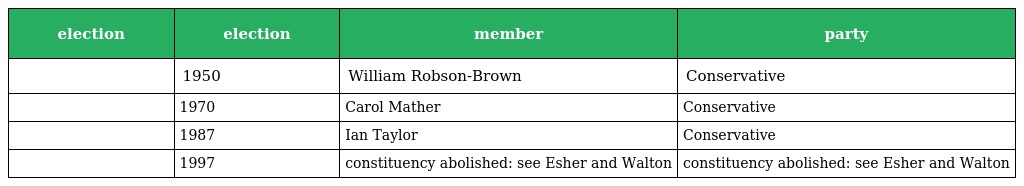
| election | election | member | party |
 | --- | --- | --- | --- |
 |  | 1950 | William Robson-Brown | Conservative |
 |  | 1970 | Carol Mather | Conservative |
 |  | 1987 | Ian Taylor | Conservative |
 |  | 1997 | constituency abolished: see Esher and Walton | constituency abolished: see Esher and Walton |